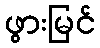
ဖွားမြင်